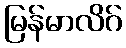
မြန်မာလိဂ်